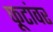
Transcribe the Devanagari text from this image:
फूटांवर